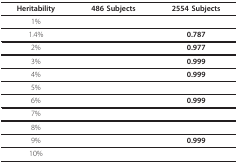
<table><thead><tr><td><b>Heritability</b></td><td><b>486 Subjects</b></td><td><b>2554 Subjects</b></td></tr></thead><tbody><tr><td>1%</td><td>[EMPTY_CELL]</td><td>[EMPTY_CELL]</td></tr><tr><td>1.4%</td><td>[EMPTY_CELL]</td><td><b>0.787</b></td></tr><tr><td>2%</td><td>[EMPTY_CELL]</td><td><b>0.977</b></td></tr><tr><td>3%</td><td>[EMPTY_CELL]</td><td><b>0.999</b></td></tr><tr><td>4%</td><td>[EMPTY_CELL]</td><td><b>0.999</b></td></tr><tr><td>5%</td><td>[EMPTY_CELL]</td><td>[EMPTY_CELL]</td></tr><tr><td>6%</td><td>[EMPTY_CELL]</td><td><b>0.999</b></td></tr><tr><td>7%</td><td>[EMPTY_CELL]</td><td>[EMPTY_CELL]</td></tr><tr><td>8%</td><td>[EMPTY_CELL]</td><td>[EMPTY_CELL]</td></tr><tr><td>9%</td><td>[EMPTY_CELL]</td><td><b>0.999</b></td></tr><tr><td>10%</td><td>[EMPTY_CELL]</td><td>[EMPTY_CELL]</td></tr></tbody></table>